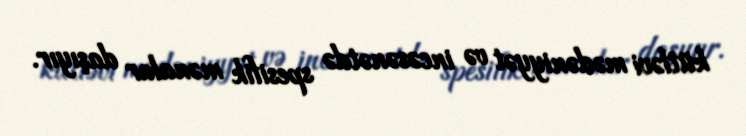
kütləvi mədəniyyət və incəsənətdə spesifik mənalar daşıyır.